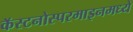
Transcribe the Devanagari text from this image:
कॅस्टनोस्परमाइनमध्ये